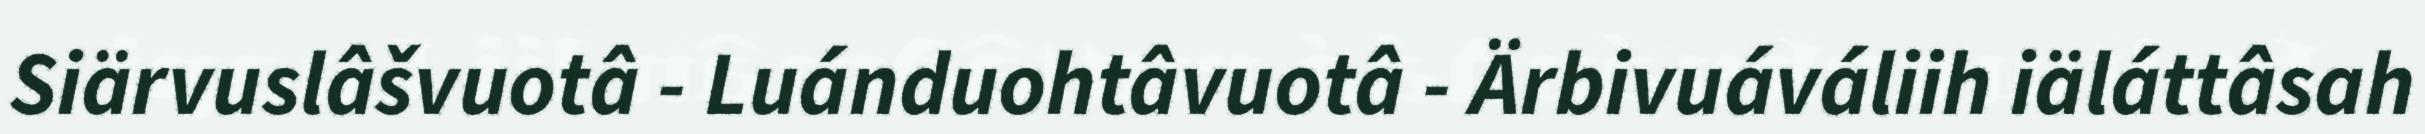
Siärvuslâšvuotâ - Luánduohtâvuotâ - Ärbivuáváliih iäláttâsah